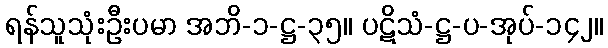
ရန်သူသုံးဦးပမာ အဘိ-၁-ဋ္ဌ-၃၅။ ပဋိသံ-ဋ္ဌ-ပ-အုပ်-၁၄၂။